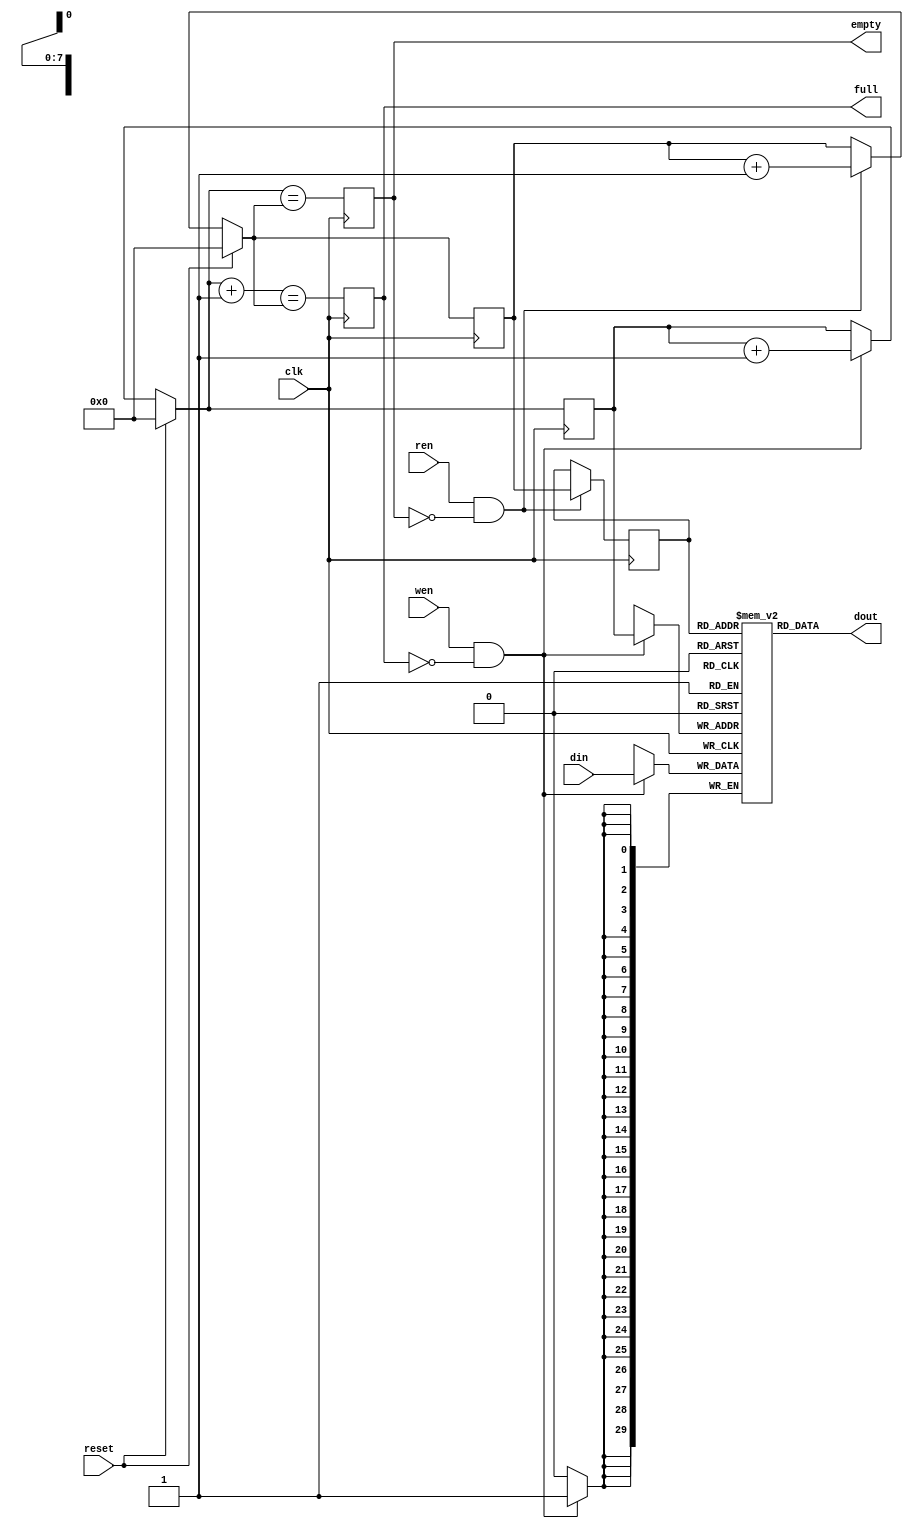
// This  Verilog HDL  source  file was  automatically generated
// by C++ model based on VPP library. Modification of this file
// is possible, but if you want to keep it in sync with the C++
// model,  please  modify  the model and re-generate this file.
// VPP library web-page: http://www.phys.ufl.edu/~madorsky/vpp/

// Timestamp : Mon Aug  6 09:16:31 2012

module l1a_fifo
(
    din,
    dout,
    wen,
    ren,
    reset,
    empty,
    full,
    clk
);

    input [29:0] din;
    output [29:0] dout;
    input wen;
    input ren;
    input reset;
    output empty;
    reg    empty;
    output full;
    reg    full;
    input clk;

    reg [29:0] mem [255:0];
    // synthesis attribute ram_style of mem is block
    reg [7:0] waddr;
    reg [7:0] raddr;
    reg [7:0] raddrr;
    always @(posedge clk) 
    begin
        if (wen && (!full)) 
        begin
            mem[waddr] = din;
            waddr = waddr + 1;
        end
        if (ren && (!empty)) 
        begin
            raddrr = raddr;
            raddr = raddr + 1;
        end
        if (reset) 
        begin
            waddr = 0;
            raddr = 0;
        end
        full = (waddr + 1) == raddr;
        empty = waddr == raddr;
    end
    assign dout = mem[raddrr];
endmodule